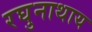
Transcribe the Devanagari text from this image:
रघुनाथाय